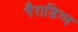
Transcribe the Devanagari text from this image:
पैराडिग्म